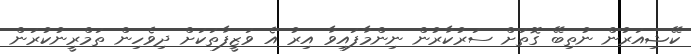
ކޭޝިއަރުން ނުތިބޭ ގޮތަށް ސަރުކާރުން ނިންމާފައިވާ އިރު އެ ވަޒީފާތަކަށް ދިވެހިން ތަމްރީނުކުރަން